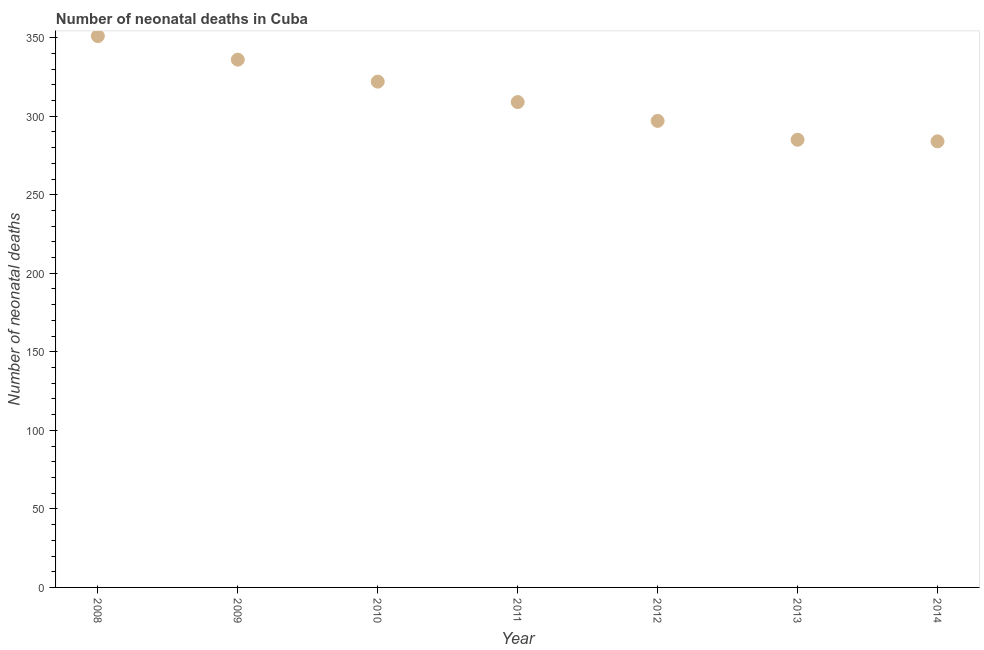
| Year | Neonatal deaths |
 | --- | --- |
 | 2008 | 351 |
 | 2009 | 336 |
 | 2010 | 322 |
 | 2011 | 309 |
 | 2012 | 297 |
 | 2013 | 285 |
 | 2014 | 284 |